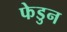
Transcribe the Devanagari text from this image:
फेडुन